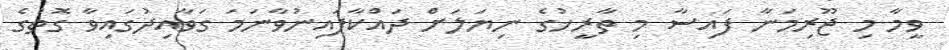
ވީމާ މި ޖޫރިމަނާ ފައިސާ މި ތާރީޚުގެ ނިޔަލަށް ދައްކާފައިނުވާނަމަ ގަވާއިދުގައިވާ ގޮތުގެ